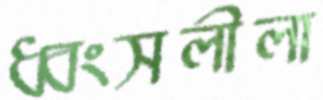
ধ্বংসলীলা